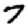
Digit: 7